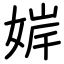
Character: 婩